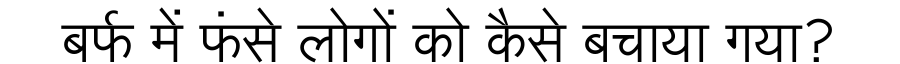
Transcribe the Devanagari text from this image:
बर्फ में फंसे लोगों को कैसे बचाया गया?